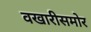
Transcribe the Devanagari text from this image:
वखारीसमोर